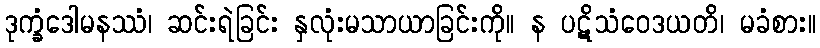
ဒုက္ခံဒေါမနဿံ၊ ဆင်းရဲခြင်း နှလုံးမသာယာခြင်းကို။ န ပဋိသံဝေဒယတိ၊ မခံစား။